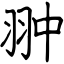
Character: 翀